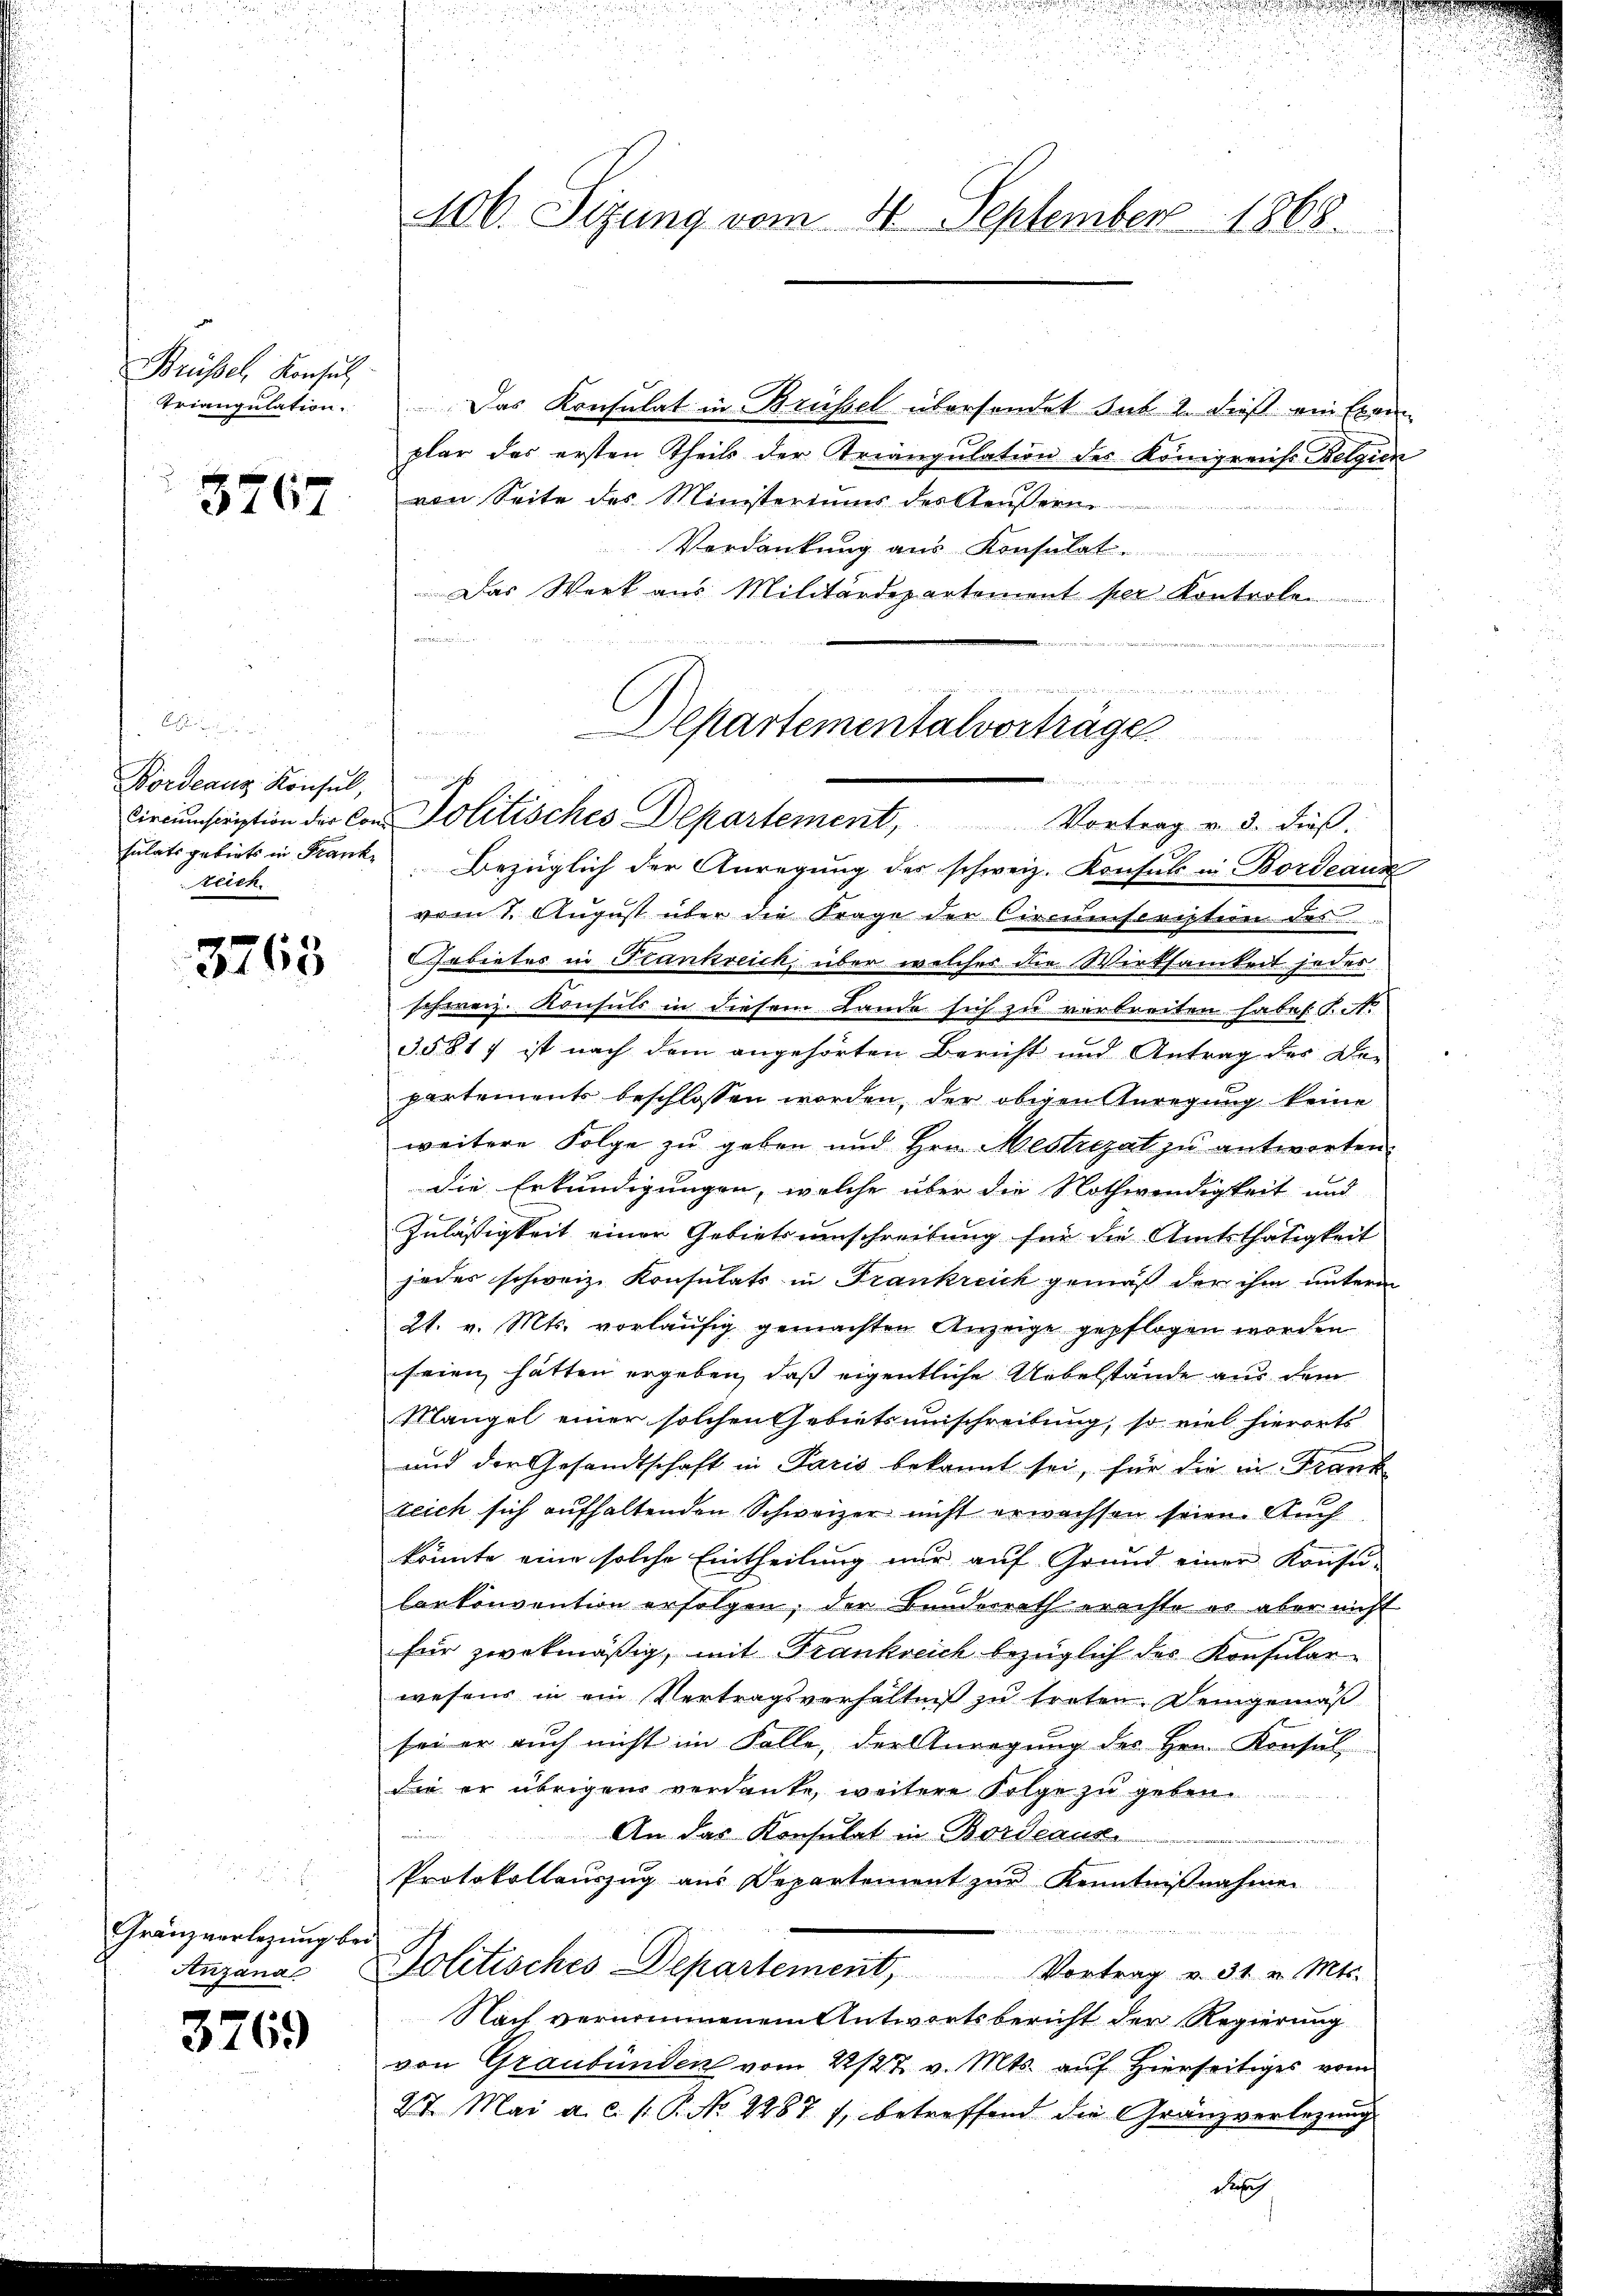
Brüssel, Konsul
Triangulation.

3767

Bordeaus Konsul,
sulats gebiets in Frank
Reich

3763

Gränzverlegung be¬

3769

Das Konsulat in Brüssel übersondet sub 2. dieß ein Exem
plar das ersten Theils der Triangulation des Königreichs Belgien
von Seite des Ministeriums des Aeußern
Verdankung aus Konsulat
Das Werk aus Militärdepartement per Kontrolen

Bezüglich der Anregung des schweiz. Konsul in Bordeaux
vom 1. August über die Frage der Circumscription des
abietes in Frankreich über welcher die Wirksamkeit jedes
schweiz. Konsuls in diesem Lande sich zu verbreiten habe. Bit
35817 ist nach dem angehörten Bericht und Antrag der Be-
partements beschlossen worden, der obigen Anregung keine
weitere Folge zu geben und Hrn. Mestrezat zu antworten.
die Erkundigungen, welche über die Nothwendigkeit und
Zulässigkeit einer Gebietsumschreibung für die Amtsthätigkeit
jedes schweiz. Konsulats in Frankreich gemäß der ihm unterm
21. v. Mts. vorläufig gemachten Anzeige gepflogen worden
feien hätten ergeben, daß eigentliche Uebelstände aus dem
Mangel einer solchen Gebietsumschreibung, so viel hierorts
und der Gesandtschaft in Paris bekannt sei, für die in Frank
zeich sich aufhaltenden Schweizer nicht erwachsen seien. Auch
könnte eine solche Eintheilung nur auf Grund einer Konsu-
Carkonvention erfolgen, der Bunderrath erachte es aber nicht
für zwekmäßig, mit Frankreich bezüglich des Konsularwesens in ein Vertragsverhältniß zu treten. Demgemäß
sei er auch nicht im Falle, der Anregung des Hrn. Konsul
die er übrigen verdanke, weitere Folge zu geben
12
An das Konsulat in Bordeaux
ritier
Protokollauszug aus Departement zur Kenntnißnahmen
Anjana Politisches Departement, Vortrag v. 31. v. Mts.
Nach vernommenem Antwortsbericht der Regierung
von Graubünden vom 22/27. v. Mts. auf Hierseitiges vom
27. Mai a. c. s. P. No. 22871, betreffend die Gränzverlegŭng
Rus

.
106. Sizung vom 4. September 1868.

4
n
.
Departementalvortrage
Circŭmsiription der Con Politisches Departement, Vortrag v. 3. dieβ.